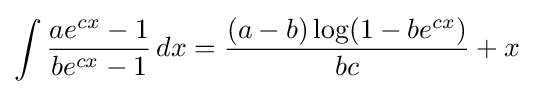
\int {\frac {ae^{cx}-1}{be^{cx}-1}}\,dx={\frac {(a-b)\log(1-be^{cx})}{bc}}+x